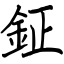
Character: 鉦